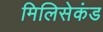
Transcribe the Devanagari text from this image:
मिलिसेकंड